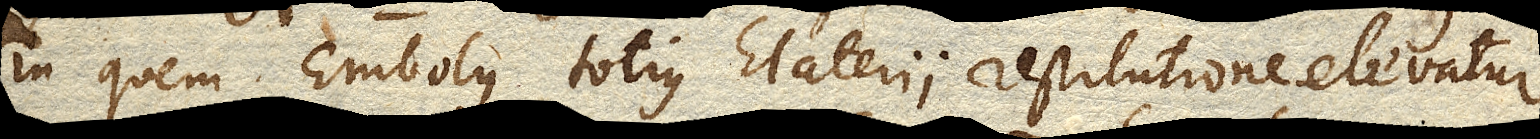
in quem Embolus totius Elaterii restitutione elevatur,